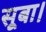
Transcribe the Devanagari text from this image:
सूबा।